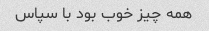
همه چیز خوب بود با سپاس